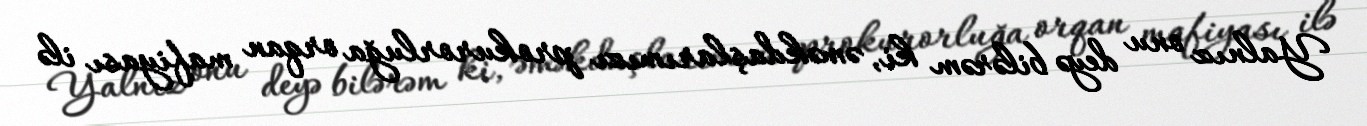
Yalnız onu deyə bilərəm ki, əməkdaşlarımızı prokurorluğa orqan mafiyası ilə